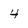
Character: 4